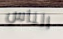
الناس